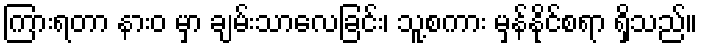
ကြားရတာ နားဝ မှာ ချမ်းသာလေခြင်း၊ သူ့စကား မှန်နိုင်စရာ ရှိသည်။